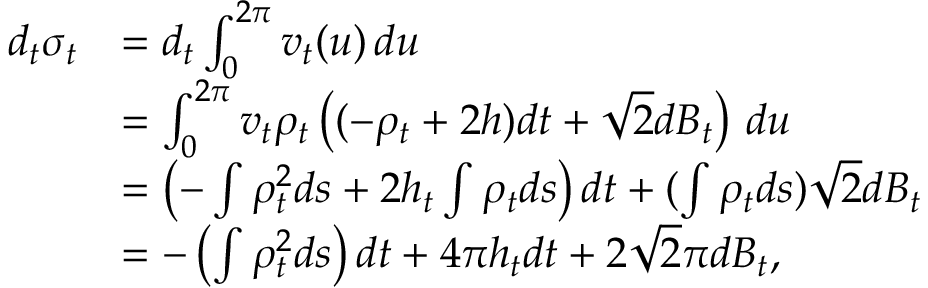
\begin{array} { r l } { d _ { t } \sigma _ { t } } & { = d _ { t } \int _ { 0 } ^ { 2 \pi } v _ { t } ( u ) \, d u } \\ & { = \int _ { 0 } ^ { 2 \pi } v _ { t } \rho _ { t } \left( ( - \rho _ { t } + 2 h ) d t + \sqrt { 2 } d B _ { t } \right) \, d u } \\ & { = \left( - \int \rho _ { t } ^ { 2 } d s + 2 h _ { t } \int \rho _ { t } d s \right) d t + ( \int \rho _ { t } d s ) \sqrt { 2 } d B _ { t } } \\ & { = - \left( \int \rho _ { t } ^ { 2 } d s \right) d t + 4 \pi h _ { t } d t + 2 \sqrt { 2 } \pi d B _ { t } , } \end{array}